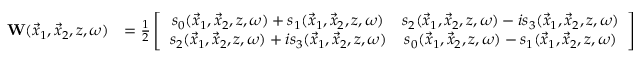
\begin{array} { r l } { { \bf W } ( \vec { x } _ { 1 } , \vec { x } _ { 2 } , z , \omega ) } & { = \frac { 1 } { 2 } \left[ \begin{array} { c c } { s _ { 0 } ( \vec { x } _ { 1 } , \vec { x } _ { 2 } , z , \omega ) + s _ { 1 } ( \vec { x } _ { 1 } , \vec { x } _ { 2 } , z , \omega ) } & { s _ { 2 } ( \vec { x } _ { 1 } , \vec { x } _ { 2 } , z , \omega ) - i s _ { 3 } ( \vec { x } _ { 1 } , \vec { x } _ { 2 } , z , \omega ) } \\ { s _ { 2 } ( \vec { x } _ { 1 } , \vec { x } _ { 2 } , z , \omega ) + i s _ { 3 } ( \vec { x } _ { 1 } , \vec { x } _ { 2 } , z , \omega ) } & { s _ { 0 } ( \vec { x } _ { 1 } , \vec { x } _ { 2 } , z , \omega ) - s _ { 1 } ( \vec { x } _ { 1 } , \vec { x } _ { 2 } , z , \omega ) } \end{array} \right] } \end{array}